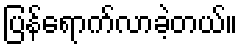
ပြန်ရောက်လာခဲ့တယ်။